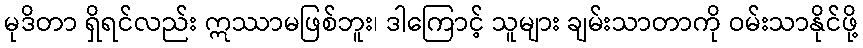
မုဒိတာ ရှိရင်လည်း ဣဿာမဖြစ်ဘူး၊ ဒါကြောင့် သူများ ချမ်းသာတာကို ဝမ်းသာနိုင်ဖို့